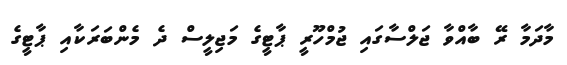
މާދަމާ ރޭ ބާއްވާ ޖަލްސާގައި ޖުމްހޫރީ ޕާޓީގެ މަޖިލީސް ދެ މެންބަރަކާއި ޕާޓީގެ